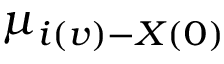
\ensuremath { \mu } _ { i ( v ) - X ( 0 ) }